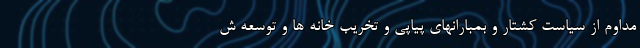
مداوم از سیاست کشتار و بمبارانهای پیاپی و تخریب خانه ها و توسعه ش